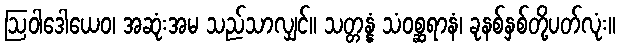
ဩဝါဒေါယေဝ၊ အဆုံးအမ သည်သာလျှင်။ သတ္တန္နံ သံဝစ္ဆရာနံ၊ ခုနစ်နှစ်တို့ပတ်လုံး။